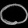
Digit: ၀